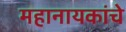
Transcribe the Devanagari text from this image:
महानायकांचे